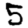
Digit: 5